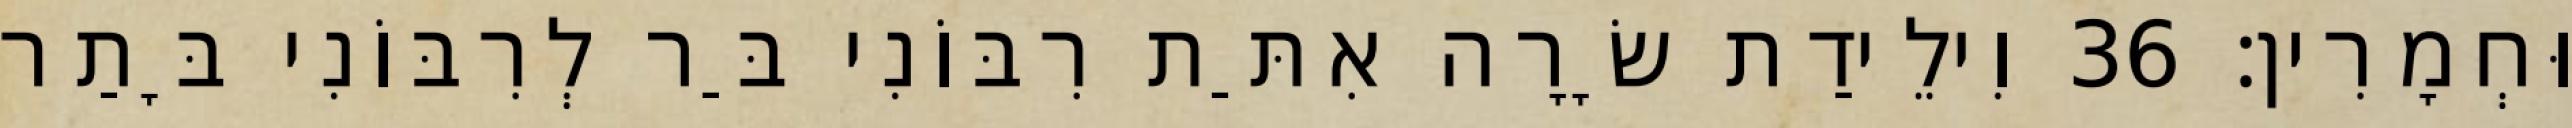
וּחְמָרִין׃ 36 וִילֵידַת שָׂרָה אִתַּת רִבּוֹנִי בַּר לְרִבּוֹנִי בָּתַר